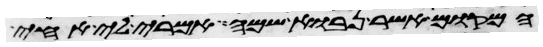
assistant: המקום אשר נבוא שמה אמרי לי אחי